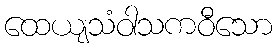
ထေယျသံဝါသကဝီသော